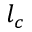
l _ { c }